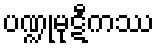
ပဏ္ဍုမုဋီကဿ